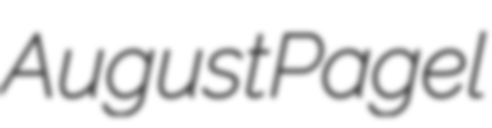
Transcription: August Pagel